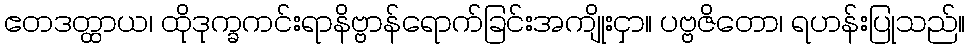
ဧတဒတ္ထာယ၊ ထိုဒုက္ခကင်းရာနိဗ္ဗာန်ရောက်ခြင်းအကျိုးငှာ။ ပဗ္ဗဇိတော၊ ရဟန်းပြုသည်။